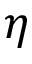
\eta